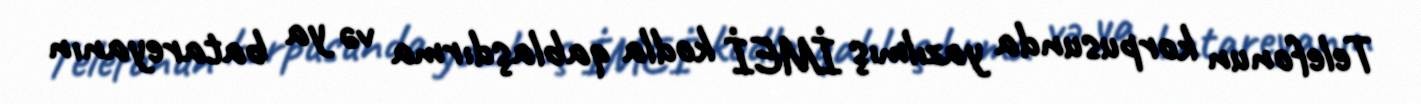
Telefonun korpusunda yazılmış İMEİ kodla qablaşdırma və ya batareyanın